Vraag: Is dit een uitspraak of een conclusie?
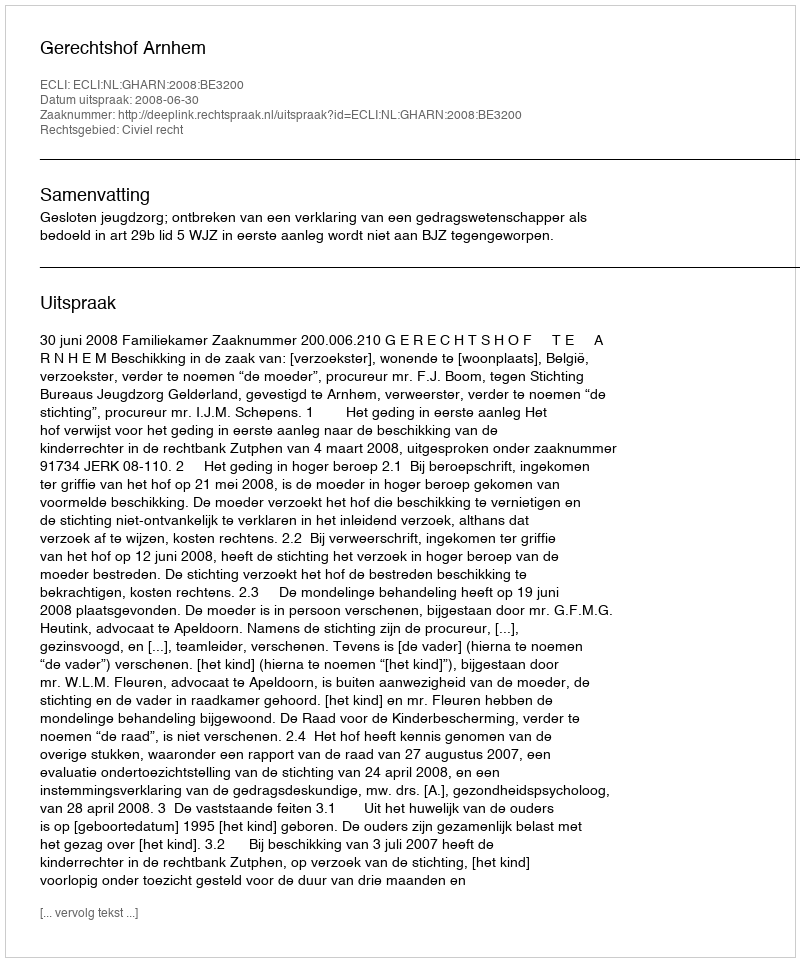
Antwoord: Uitspraak